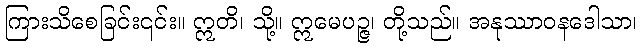
ကြားသိစေခြင်း၎င်း။ ဣတိ၊ သို့။ ဣမေပဉ္ဇ၊ တို့သည်။ အနုဿာဝနဒေါသာ၊